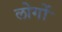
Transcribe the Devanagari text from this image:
लोगोंॱ